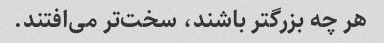
هر چه بزرگتر باشند، سخت‌تر می‌افتند.